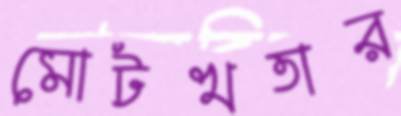
মোটখতার